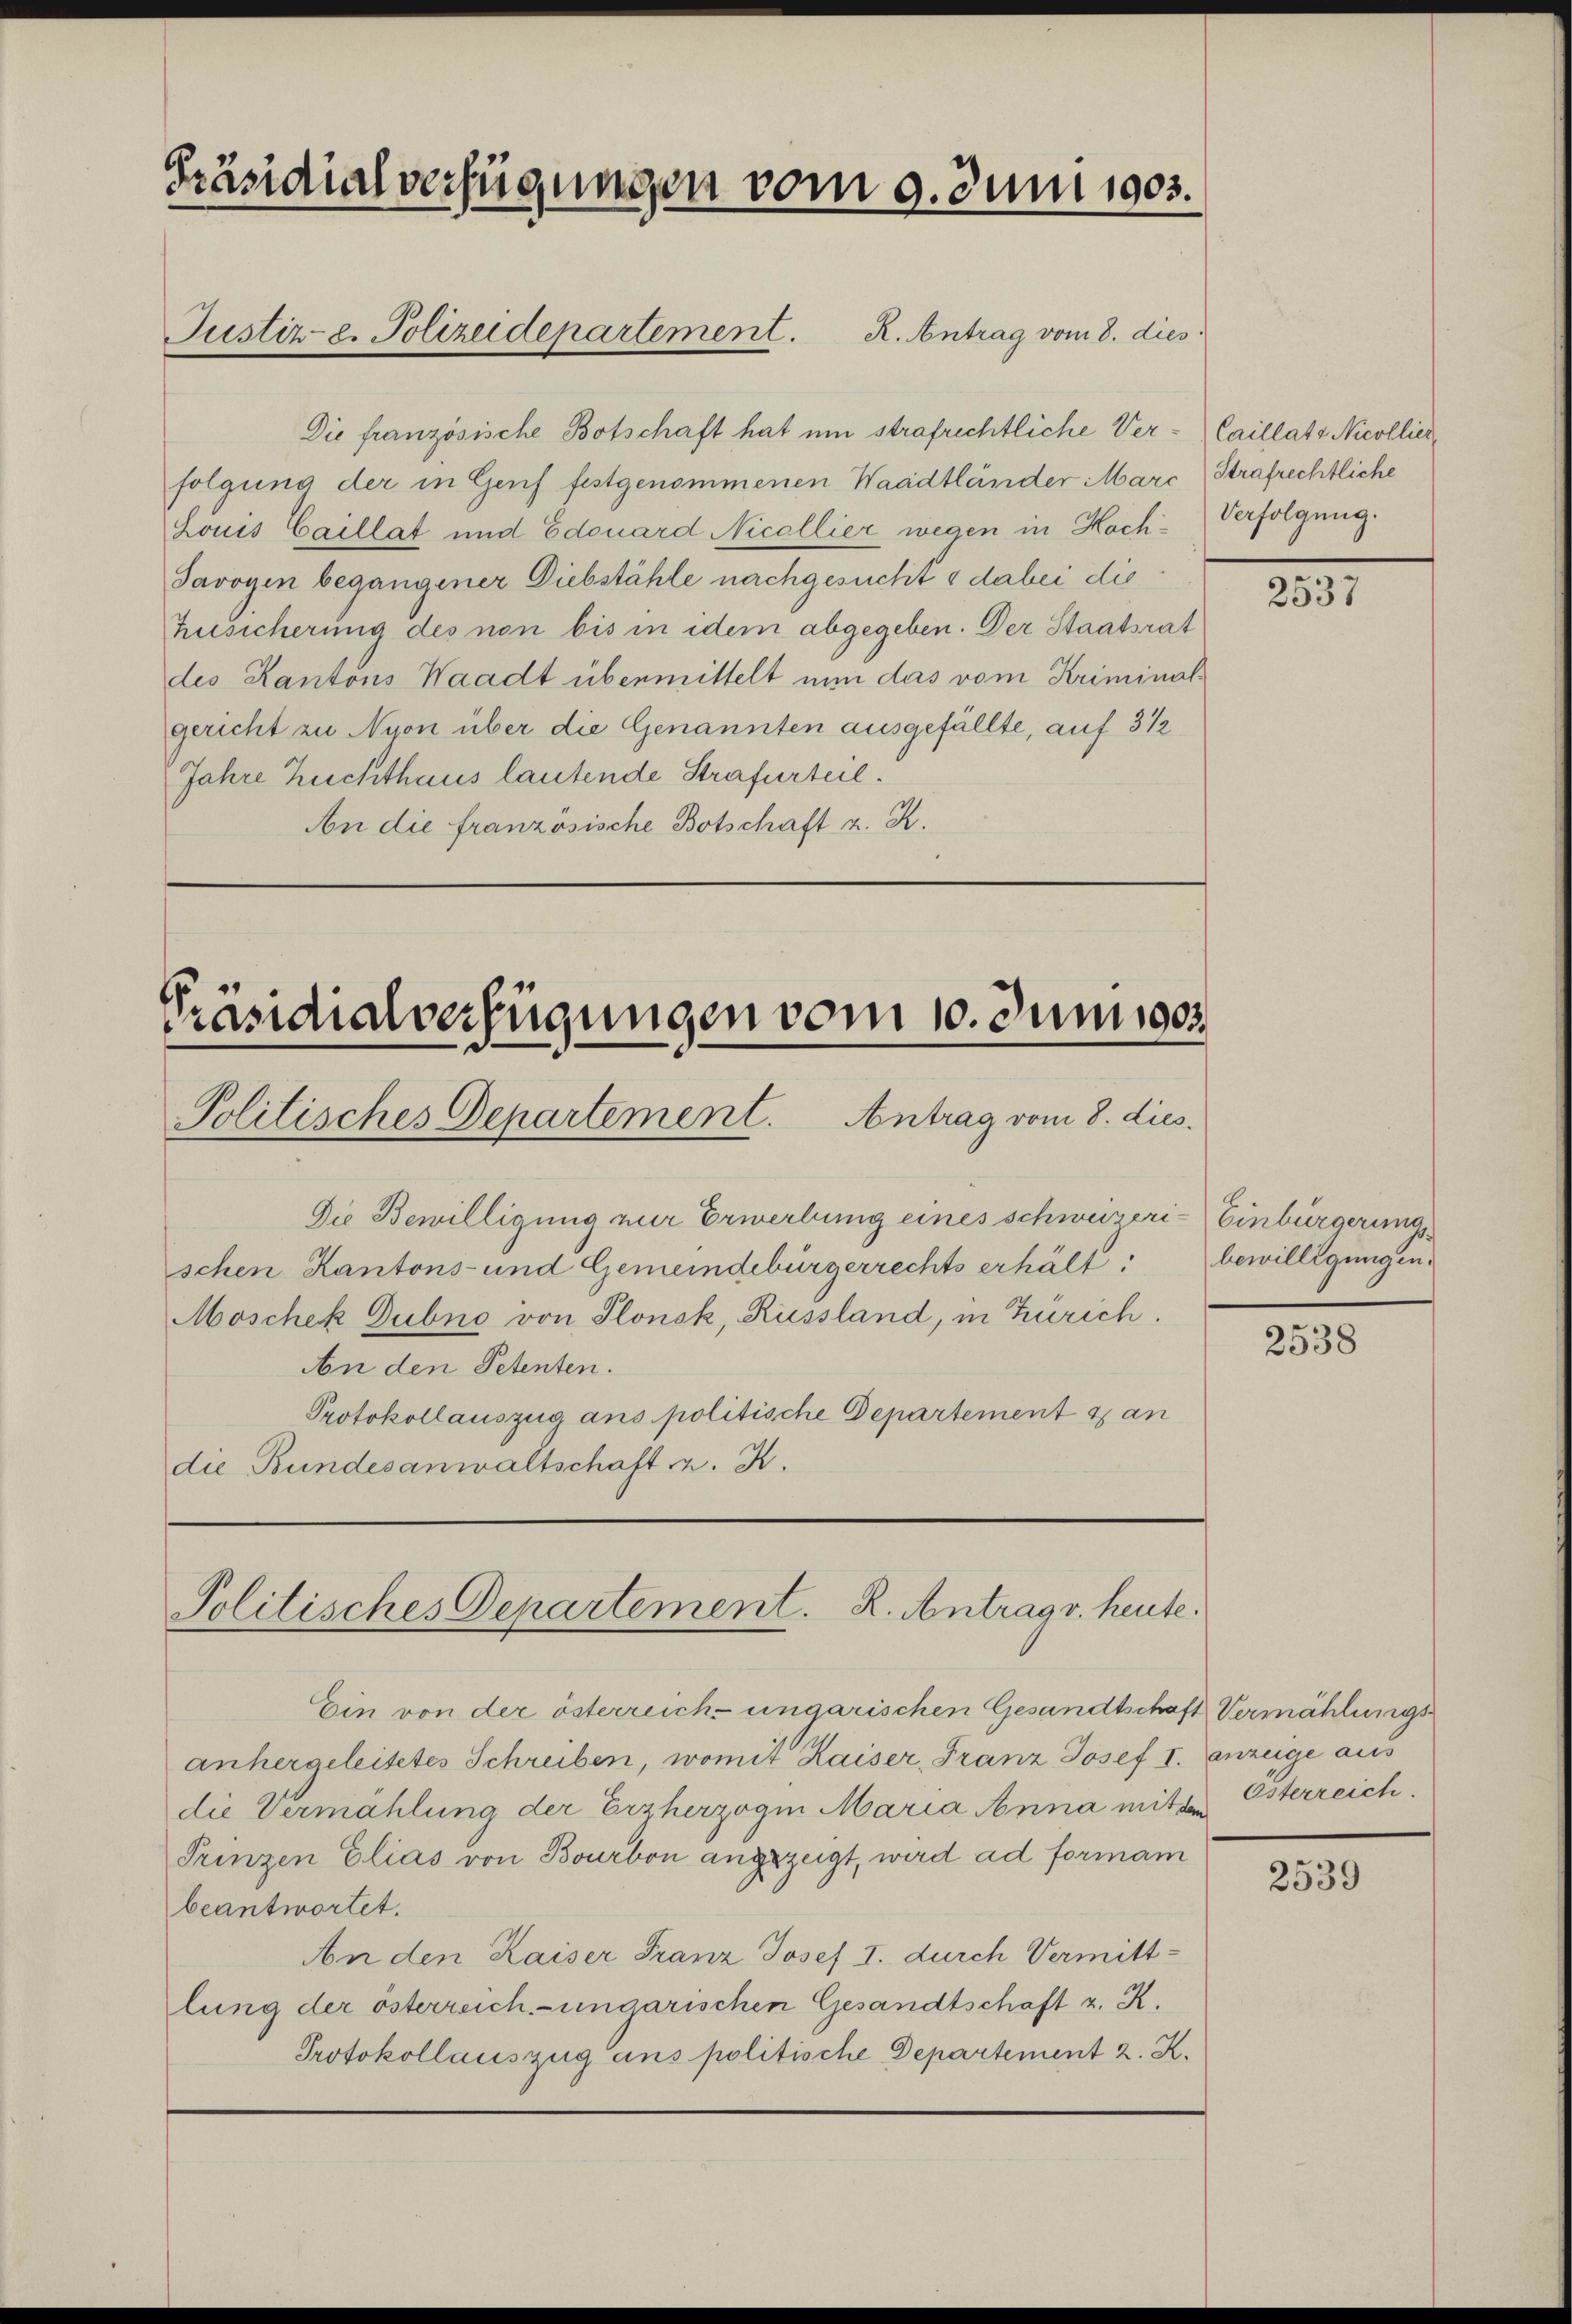
Präsidialverfügungen vom 9. Juni 1903.

Die französische Botschaft hat um strafrechtliche Ver-Caillats Nicollier
folgung der in Genf festgenommenen Waadtländer Marc (Strafrechtliche
Louis Caillat und Edouard Nicellier wegen in Hach-Verfolgung.
Javogin begangener Diebstähle nachgesucht & dabei die
Zusicherung des non bis in idem abgegeben. Der Staatsrat
des Kantons Waadt übermittelt nun das vom Kriminalgericht zu Nyon über die Genannten ausgefällte, auf 3 ½
Jahre Zuchthaus lautende Strafurteil.
An die französische Botschaft z. R.

Justiz- e. Polizeidepartement. R. Antrag vom 8. dies

Präsidialverfügungen vom 10. Junii sos
Politisches Departement. Antrag vom 8. dies

Die Bewilligung zur Erwerbung eines schweizeri- Einbürgerung
schen Kantons- und Gemeindebürgerrechts erhält:
Moschek Dubno von Plonsk, Russland, in Zürich.
An den Petenten.
Protokollauszug ans politische Departement & an
die Bundesanwaltschaft z. K.

Politisches Departement. R. Antrag v. heute.

Ein von der österreich-ungarischen Gesandtschaft Vermählungsanhergeleitetes Schreiben, womit Kaiser, Franz Josef I. anzeige aus
die Vermählung der Erzherzogin Maria Anna mit der Osterreich.
Trinzen Elias von Bourbon angezeigt, wird ad formam
beantwortet.
An den Kaiser Franz Josef I. durch Vermittlung der österreich-ungarischen Gesandtschaft z. K.
Protokollauszug aus politische Departement 2. K.

2537

bewilligungen.

2538

2539